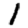
Digit: 1